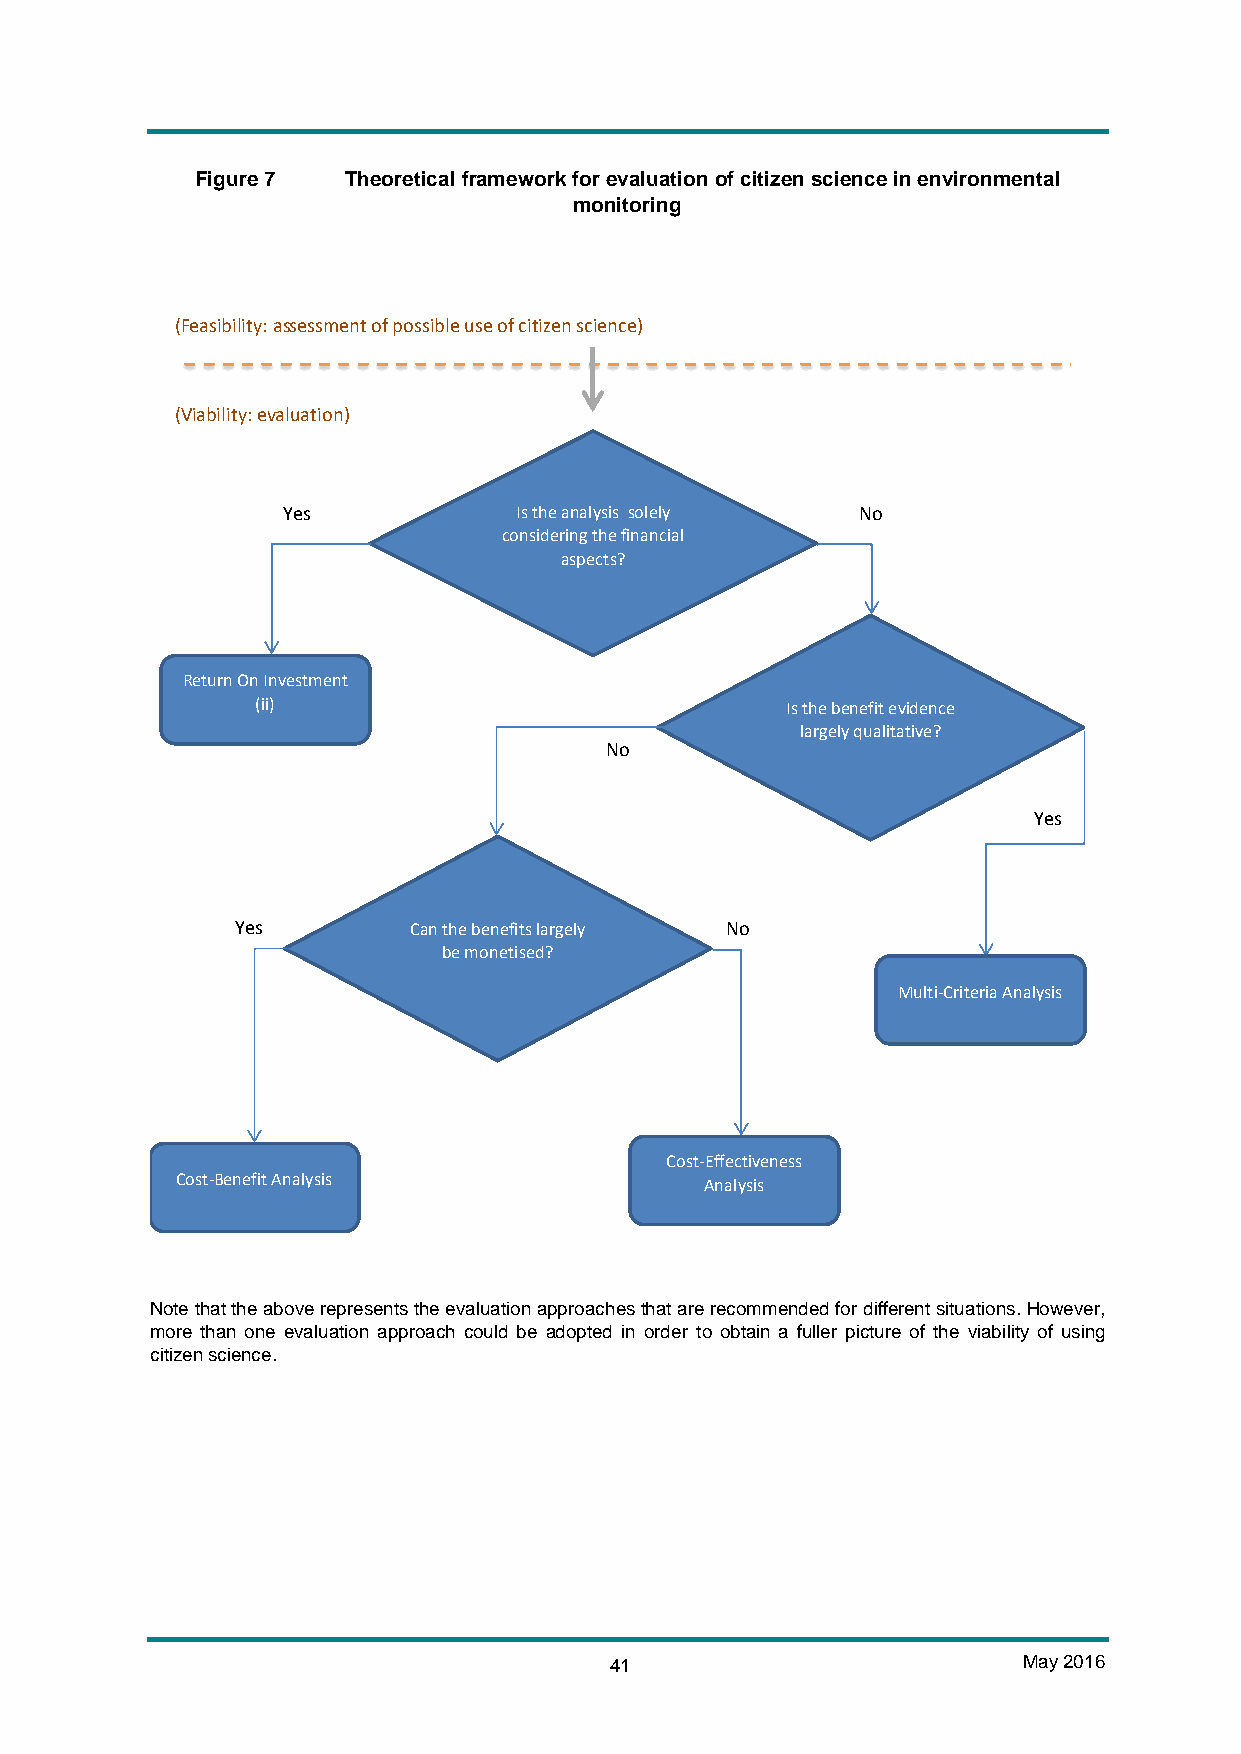
Figure 7  Theoretical framework for evaluation of citizen science in environmental
 monitoring
 (Feasibility: assessment of possible use of citizen science)
 (Viability: evaluation)
 Yes            Is the analysis solely No
 considering the financial
 aspects?
 Return On Investment
 (ii)                               Is the benefit evidence
 largely qualitative?
 No
 Yes
 Yes        Can the benefits largely No
 be monetised?
 Multi-Criteria Analysis
 Cost-Effectiveness
 Cost-Benefit Analysis              Analysis
 Note that the above represents the evaluation approaches that are recommended for different situations. However,
 more than one evaluation approach could be adopted in order to obtain a fuller picture of the viability of using
 citizen science.
 41                          May 2016